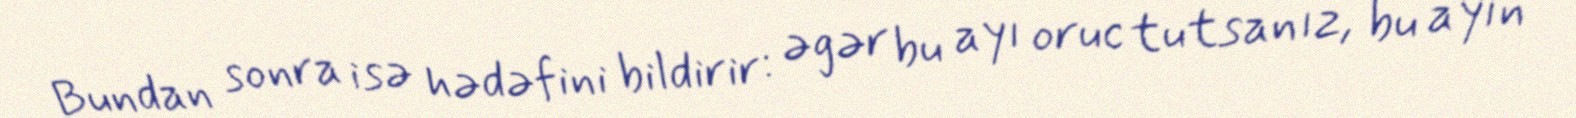
Bundan sonra isə hədəfini bildirir: əgər bu ayı oruc tutsanız, bu ayın